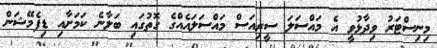
މިނިސްޓަރު ވިދާޅުވީ އެ މައްސަލަ ސީރިއަސް މައްސަލައެއްގެ ގޮތުގައި ބަލާނެ ކަމަށާއި ޑިފެމޭޝަން